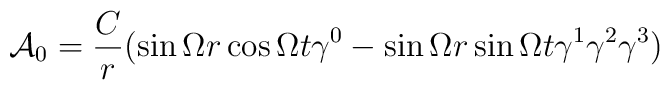
{\cal A}_0 = \frac{C}{r} (\sin \Omega r \cos \Omega t \gamma^0 - \sin\Omega r \sin \Omega t\gamma^1\gamma^2\gamma^3)